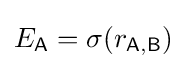
E_{\mathsf {A}}=\sigma (r_{\mathsf {A,B}})